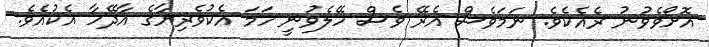
އޮށޯވެވުނު ރެއެކެވެ. ނަމަވެސް އެރޭ ވެސް ހޭލެވުނީ ހަމަ އެކުވެރިޔާގެ އާދޭހާ އެކުއެވެ.